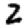
Digit: 2